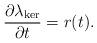
LaTeX: \begin{align*}\frac{\partial \lambda _{\ker }}{\partial t}=r(t). \end{align*}